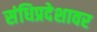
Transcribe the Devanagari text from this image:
संधिप्रदेशावर